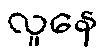
လူနေ